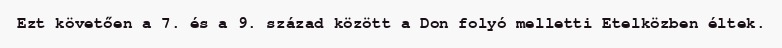
Ezt követően a 7. és a 9. század között a Don folyó melletti Etelközben éltek.